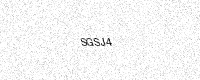
Text: SGSJ4